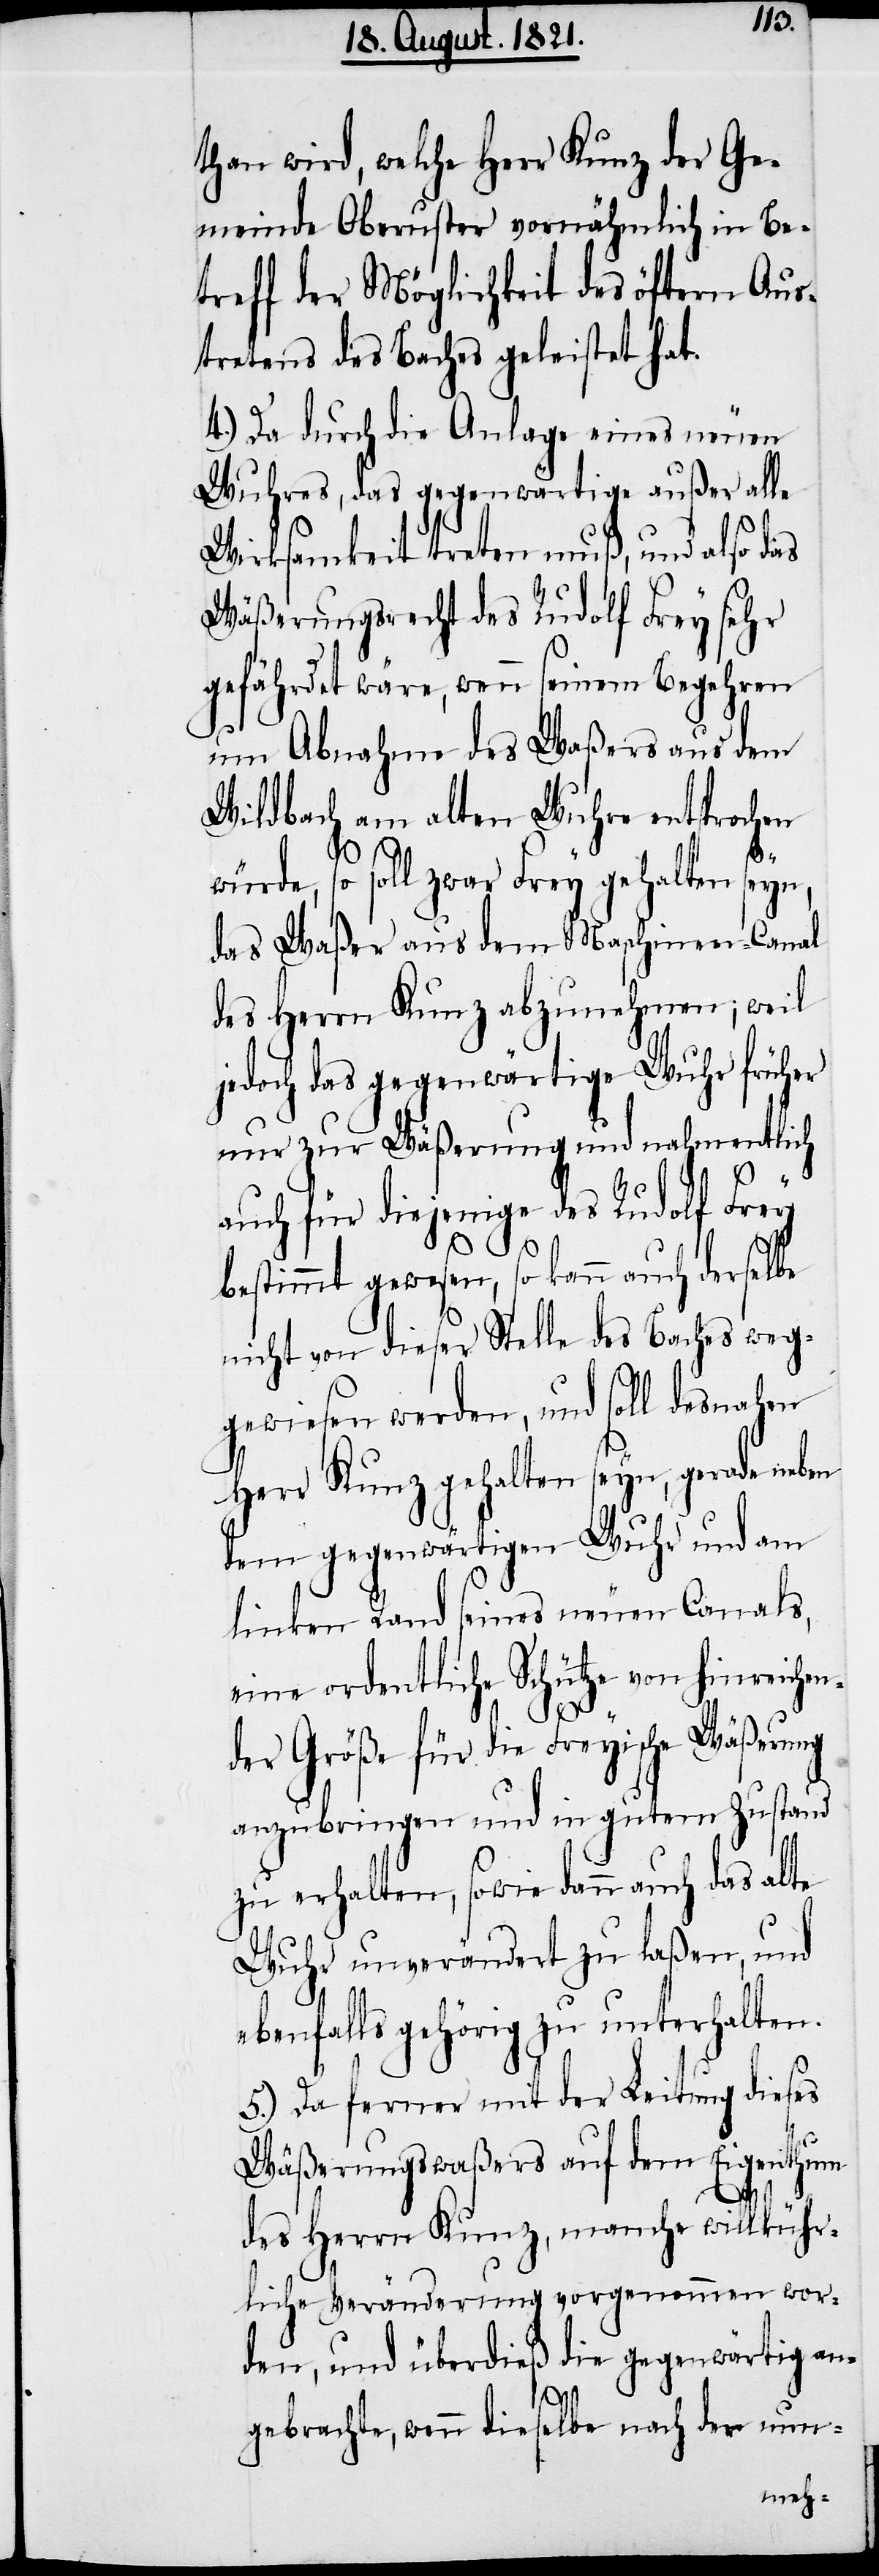
than wird, welche Herr Kunz der Ge¬
meinde Oberuster vornähmlich in Be¬
treff der Möglichkeit des öftern Aus¬
tretens des Baches geleistet hat.
4.) Da durch die Anlage eines neuen
Wuhres, das gegenwärtige außer alle
Wirksamkeit treten muß, und also das
Wäßerungsrecht des Rudolf Frey sehr
gefährdet wäre, wenn seinem Begehren
um Abnahme des Waßers aus dem
Wildbach am alten Wuhre entsprochen
würde, so soll zwar Frey gehalten seyn,
das Waßer aus dem Maschinen-Canal
des Herrn Kunz abzunehmen; weil
jedoch das gegenwärtige Wuhr früher
nur zur Wäßerung und nahmentlich
auch für diejenige des Rudolf Frey
bestimmt gewesen, so kann auch derselbe
nicht von dieser Stelle des Baches weg¬
gewiesen werden, und soll desnahen
Herr Kunz gehalten seyn, gerade neben
dem gegenwärtigen Wuhr und am
linken Rand seines neuen Canals,
eine ordentliche Schütze von hinreichen¬
das
der Größe für die Freyische Wäßerung
Wuhr unverändert zu laßen, und
ebenfalls gehörig zu unterhalten.
5.) Da ferner mit der Leitung dieses
Wäßerungswaßers auf dem Eigenthum
alte
des Herrn Kunz, manche willkühr¬
liche Veränderung vorgenommen wor¬
den, und überdieß die gegenwärtig an¬
gebrachte, wenn dieselbe nach der nun-